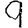
Digit: 9